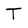
Character: T